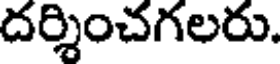
దర్శించగలరు.